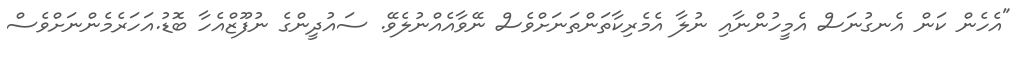
"އެހެން ކަން އެނގުނަސް އެމީހުންނާއި ނުލާ އެމެރިކާތަންތަނަށްވެސް ނޭވާއެއްނުލެވޭ. ސައުދީންގެ ނުފޫޒްއެހާ ބޮޑު.އަހަރެމެންނަށްވެސް